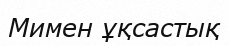
Мимен ұқсастық